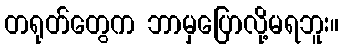
တရုတ်တွေက ဘာမှပြောလို့မရဘူး။